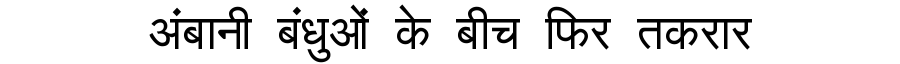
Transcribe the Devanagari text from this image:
अंबानी बंधुओं के बीच फिर तकरार